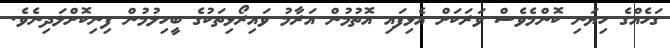
ގަހެއްގެ ހިޔަނި ކޮންމެވެސް ވަރަކަށް އެޅިފައި އޮތުމުން އަރާމު ވައިރޯޅިތަކުގެ ބީހިލުމުން ފިނިކޮށްލަދިނެވެ.